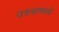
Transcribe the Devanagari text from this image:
उरुसामध्ये